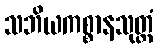
သဘိယကစ္စာနသုတ္တံ